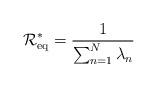
LaTeX: \begin{align*}\mathcal{R}_{\mathrm{eq}}^*=\frac{1}{\sum_{n=1}^N\lambda_n}\end{align*}